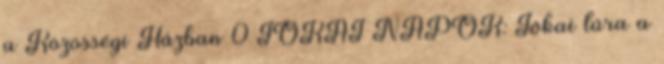
a Közösségi Házban 0 JÓKAI NAPOK: Jókai túra a